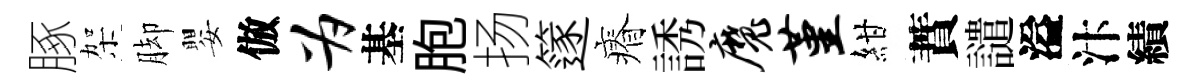
䐁架脚嬰倣为基胞扬篴瘠誘魔堇紺蕡譴溢汴績